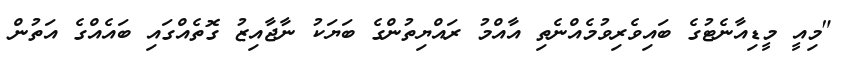
"މިއީ މީޑިއާނެޓުގެ ބައިވެރިވުމެއްނެތި އާއްމު ރައްޔިތުންގެ ބަޔަކު ނާޖާއިޒު ގޮތެއްގައި ބައެއްގެ އަތުން